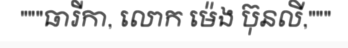
"""ធារីកា, លោក ម៉េង ប៊ុនលី,"""